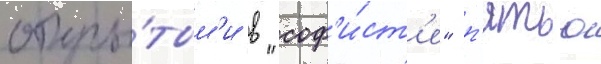
откры́тым'и в "соф'и́ст'е" п'ятью